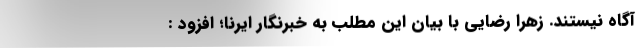
آگاه نیستند. زهرا رضایی با بیان این مطلب به خبرنگار ایرنا؛ افزود :